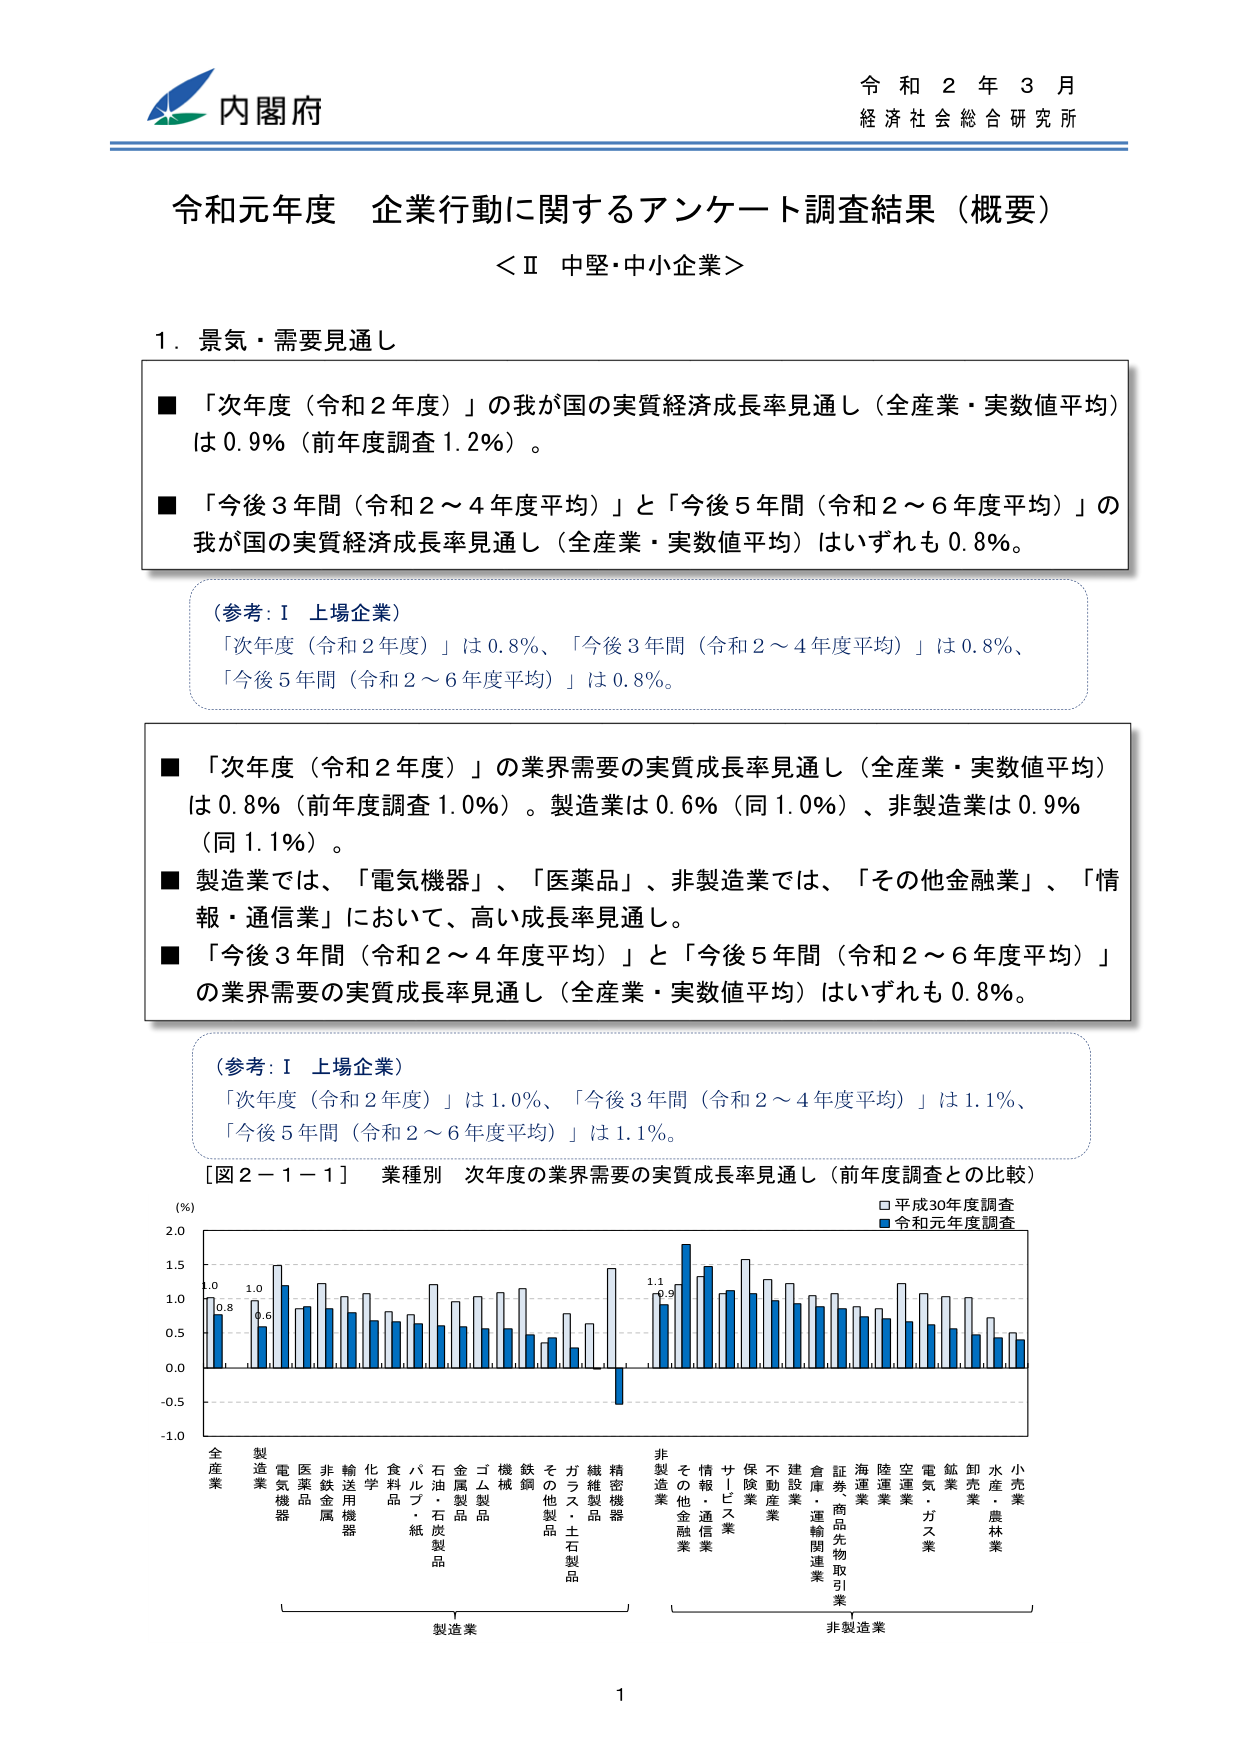
内閣府
令和２年３月
経済社会総合研究所

令和元年度 企業行動に関するアンケート調査結果（概要）
＜Ⅱ 中堅・中小企業＞

１．景気・需要見通し

■「次年度（令和２年度）」の我が国の実質経済成長率見通し（全産業・実数値平均）は0.9％（前年度調査1.2％）。

■「今後３年間（令和２～４年度平均）」と「今後５年間（令和２～６年度平均）」の我が国の実質経済成長率見通し（全産業・実数値平均）はいずれも0.8％。

（参考：Ⅰ 上場企業）
「次年度（令和２年度）」は0.8％、「今後３年間（令和２～４年度平均）」は0.8％、
「今後５年間（令和２～６年度平均）」は0.8％。

■「次年度（令和２年度）」の業界需要の実質成長率見通し（全産業・実数値平均）は0.8％（前年度調査1.0％）。製造業は0.6％（同1.0％）、非製造業は0.9％（同1.1％）。

■製造業では、「電気機器」、「医薬品」、非製造業では、「その他金融業」、「情報・通信業」において、高い成長率見通し。

■「今後３年間（令和２～４年度平均）」と「今後５年間（令和２～６年度平均）」の業界需要の実質成長率見通し（全産業・実数値平均）はいずれも0.8％。

（参考：Ⅰ 上場企業）
「次年度（令和２年度）」は1.0％、「今後３年間（令和２～４年度平均）」は1.1％、
「今後５年間（令和２～６年度平均）」は1.1％。

［図２－１－１］ 業種別 次年度の業界需要の実質成長率見通し（前年度調査との比較）

(%)
□平成30年度調査
■令和元年度調査

-1.0
-0.5
0.0
0.5
1.0
1.5
2.0

全産業
製造業
電気機器
医薬品
非鉄金属
輸送用機器
化学製品
食品
パルプ・紙製品
石油・石炭製品
金属製品
ゴム製品
機械
鉄鋼
その他製品
ガラス・土石製品
繊維製品
精密機器
非製造業
その他金融業
情報・通信業
サービス業
保険業
不動産業
建設業
倉庫・運輸関連業
証券・商品先物取引業
海運業
陸運業
空運業
電気・ガス業
鉱業
卸売業
水産・農林業
小売業

製造業
非製造業

1